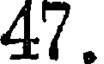
47.